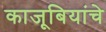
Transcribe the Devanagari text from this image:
काजूबियांचे